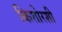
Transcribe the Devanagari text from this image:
किशोरशी